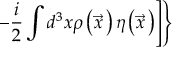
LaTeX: \left. \left. - \frac { i } { 2 } \int d ^ { 3 } x \rho \left( \vec { x } { \, } \right) \eta \left( \vec { x } { \, } \right) \right] \right\}